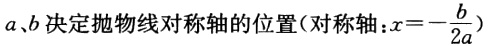
\(a,b\)决定抛物线对称轴的位置(对称轴:\(x = -\frac{b}{2a}\))